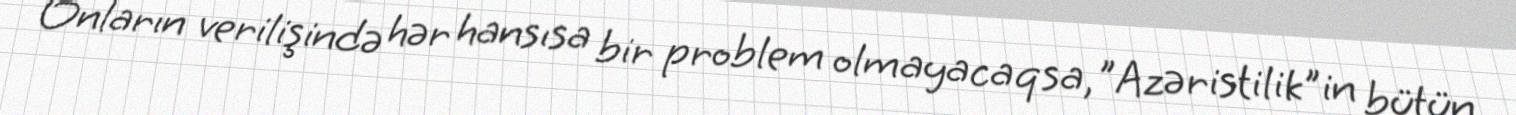
Onların verilişində hər hansısa bir problem olmayacaqsa, ”Azəristilik"in bütün